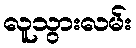
လူသွားလမ်း